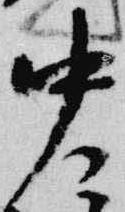
中